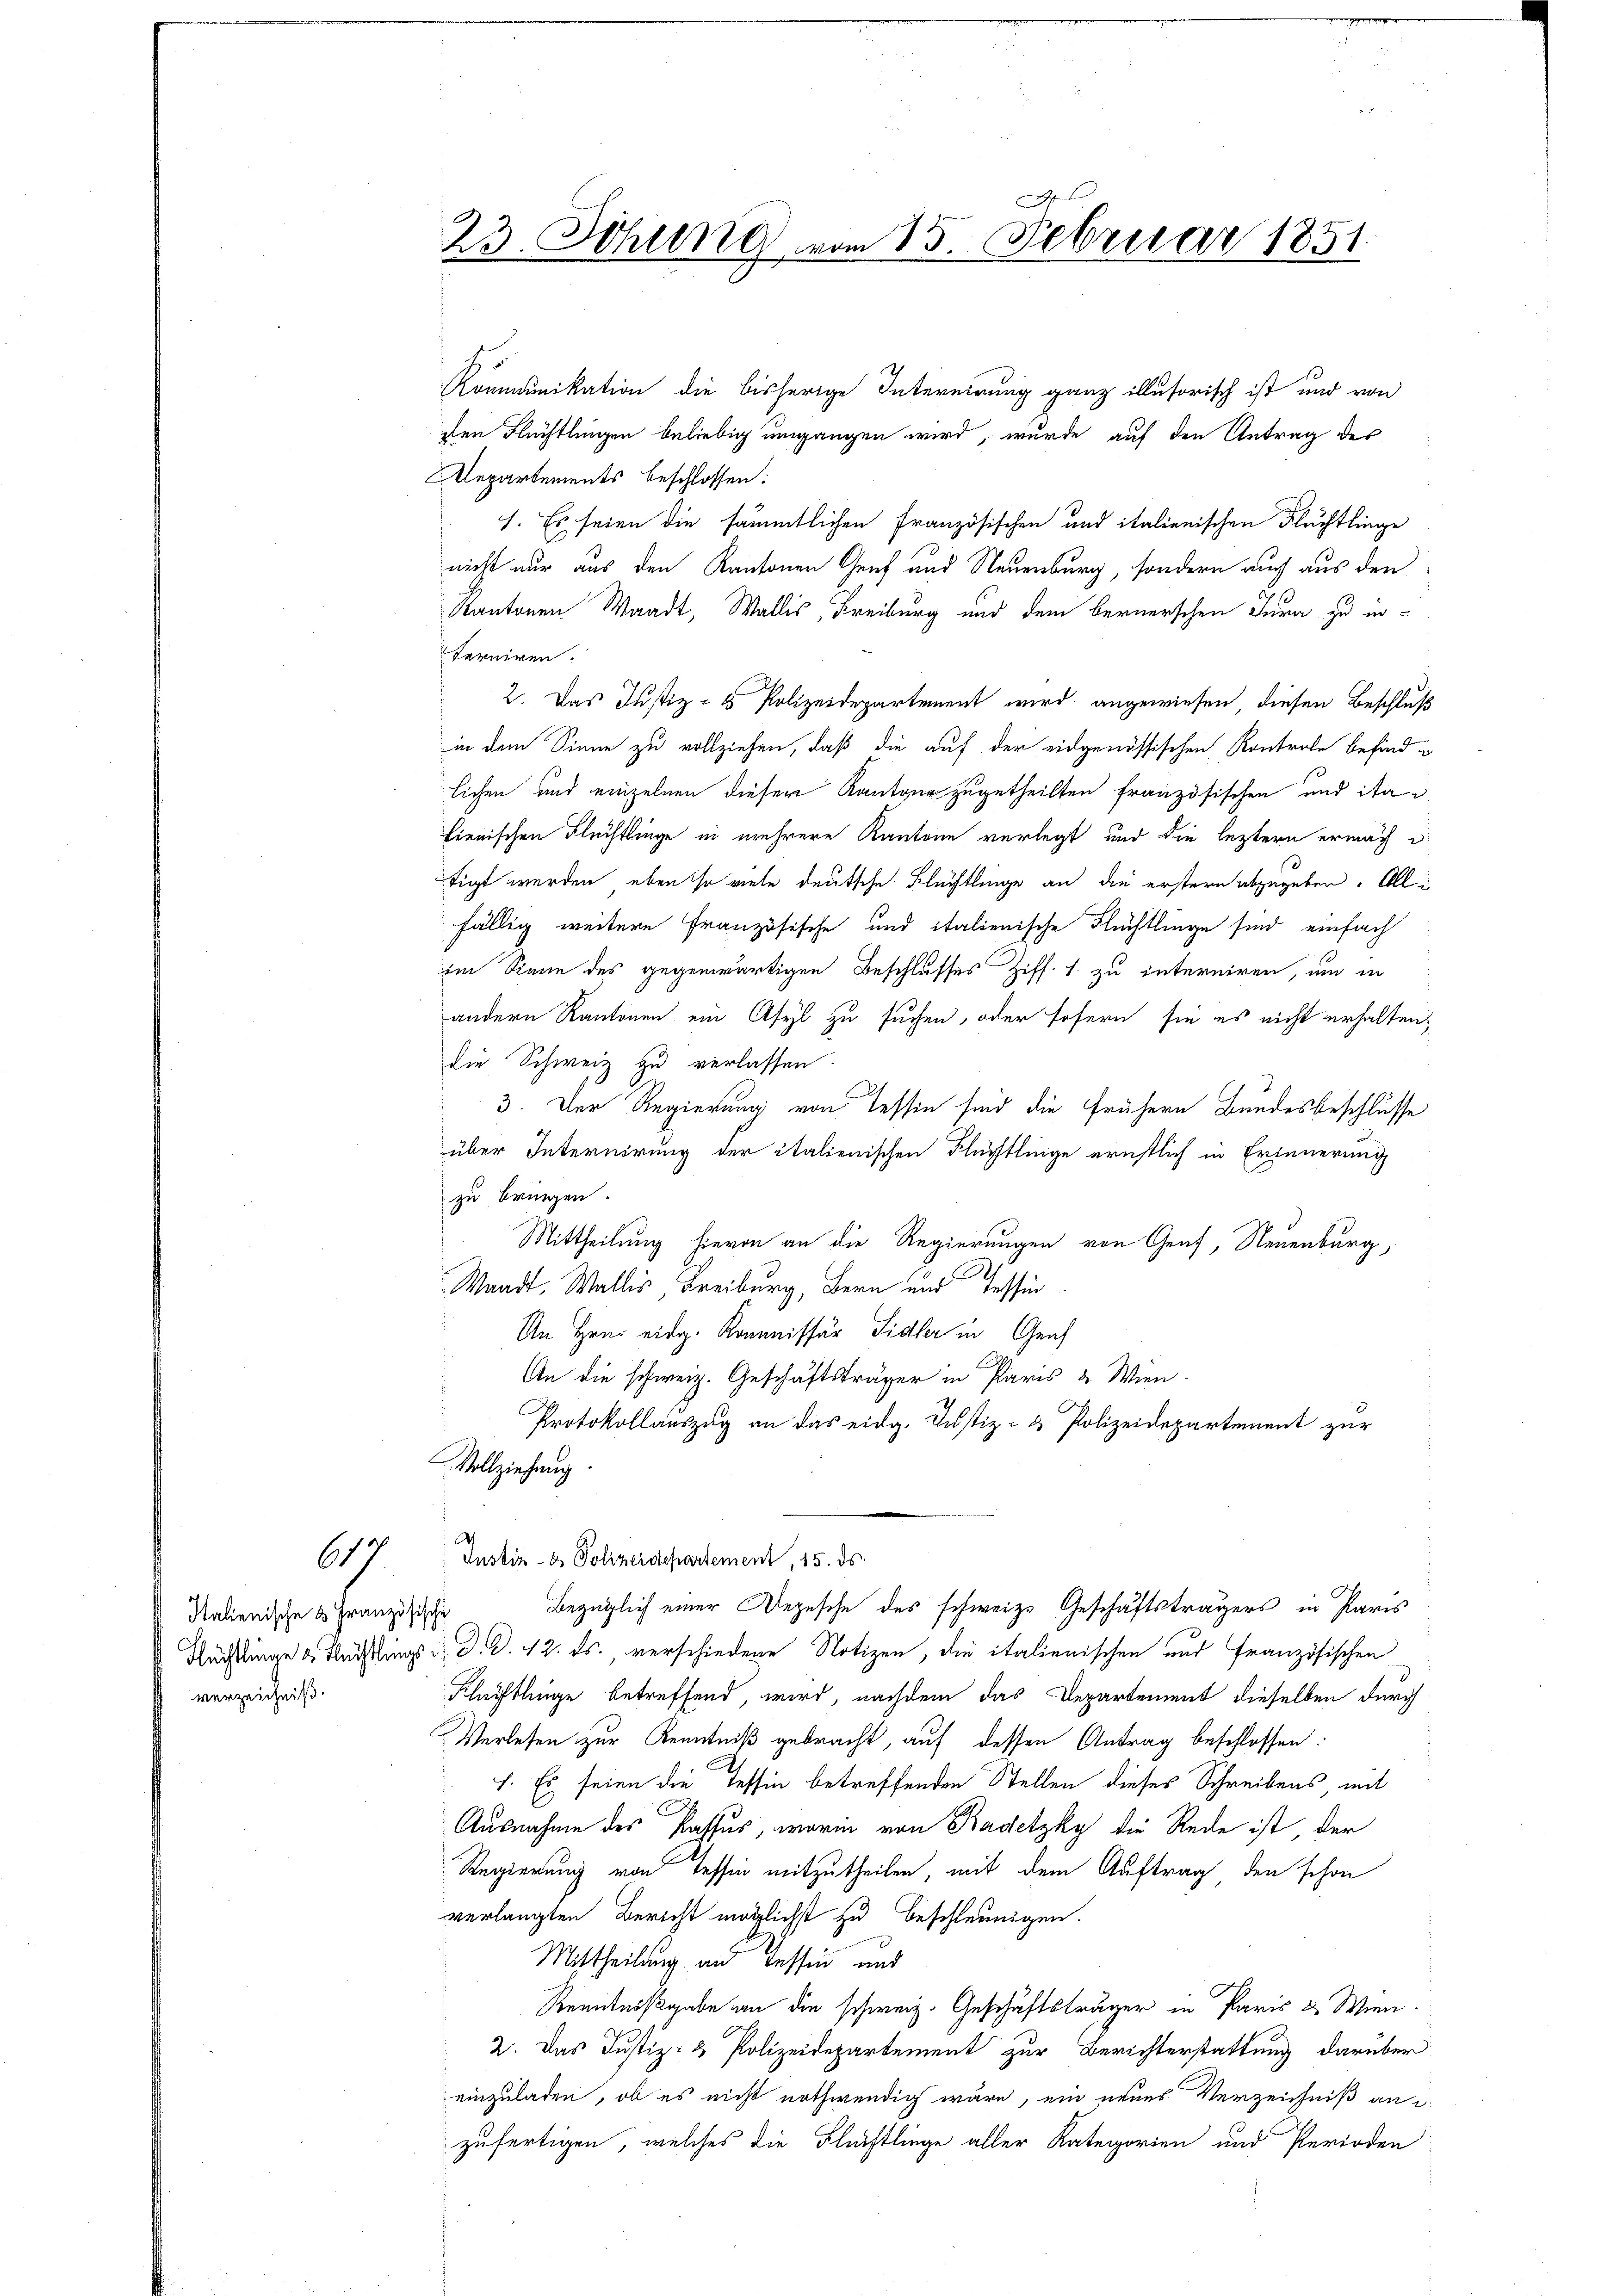
617.

Kommunikation die bisherige Intereirung ganz illusorisch ist und von
sten Flüchtlingen beliebig umgangen wird, wurde auf den Antrag des
Departements beschlossen:
1. Es seien die sämmtlichen Französischen und italienischen Flüchtlinge
nicht nur aus den Kantonen Genf und Neuenburg, sondern auch aus den
Kantonen Waadt, Wallis, Freiburg und dem bernerschen Jura zu in-
terniren.
2. Das Justiz- & Polizeidepartement wird angewiesen, diesen Beschluß
in dem Sinne zu vollziehen, daß die auf der eidgenössischen Kontrole befindlichen und einzelnen dieser Kantone zugetheilten französischen und ita
lienischen Flüchtlinge in mehrere Kantone verlegt und die leztern erwach d
tigt werden, eben so viele deutsche Flüchtlinge an die erstern abzugeben. Alli
fällig weitere Französische und italienische Flüchtlinge sind einfach
im Sinne des gegenwärtigen Beschlusses Ziff. 1. zu interniren, um in
andern Kantonen ein Asyl zu suchen, oder sofern sie es nicht erhalten,
die Schweiz zu verlassen.
3. Der Regierung von Tessin sind die frühern Bundesbeschlüsse
über Internirung der italienischen Flüchtlinge ernstlich in Erinnerung
zu bringen.
Mittheilung hievon an die Regierungen von Genf, Neuenburg,
Waadt, Wallis, Freiburg, Bern und Tessin
An Hrn. eidg. Kommissär Sidler in Graf
An die schweiz. Geschäftsträger in Paris & Wien.
Protokollauszug an das eidg. Justiz- & Polizeidepartement zur
Vollziehung
d
Justiz- & Polizeidepartement, 15. ds.
Bezüglich einer Depesche des schweiz. Geschäftsträgers in Paris
Rüchtlinge & Künstlings d. d. d. 12. ds., verschiedene Notizen, die italienischen und französischen
Klüchtlinge betreffend, wird, nachdem das Departement dieselben durch
Verlesen zur Kenntniß gebracht, auf dessen Antrag beschlossen:
f. Es seien die Tessin betreffenden Stellen dieses Schreibens, mit
Ausnahme des Passus, worin von Badetzky die Rede ist, der
Regierung von Tessin mitzutheilen, mit dem Auftrag den schon
verlangten Bericht möglichst zu beschleunigen.
Mittheilung an Tessin und
Kenntnißgabe an die schweiz. Geschäftsträger in Paris & Wien.
2. Das Justiz- & Polizeidepartement zur Berichterstattung darüber
einzuladen, ob es nicht nothwendig wäre, ein neues Verzeichniß an
zufertigen, welches die Flüchtlinge aller Kategorien und Perioden

Italienische 3 Französische
verzeichniß.

23. Sitzung vom 15. Februar 1851.